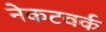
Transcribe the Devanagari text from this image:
नेकटवर्क